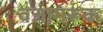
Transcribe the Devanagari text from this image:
वजागरूक